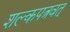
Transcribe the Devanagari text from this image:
शल्कपत्रवत्‌